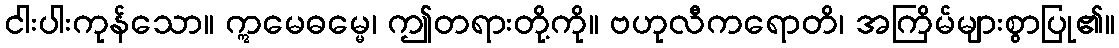
ငါးပါးကုန်သော။ ဣမေဓမ္မေ၊ ဤတရားတို့ကို။ ဗဟုလီကရောတိ၊ အကြိမ်များစွာပြု၏။